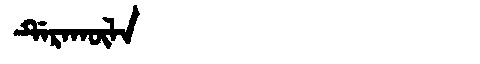
Manchu: ᡩᡝᡵᠠᡴᡡᠯᠠ
Romanization: DERAKŪLA